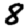
Digit: 8